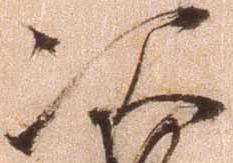
次